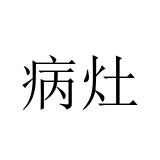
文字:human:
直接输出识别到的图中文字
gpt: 病灶